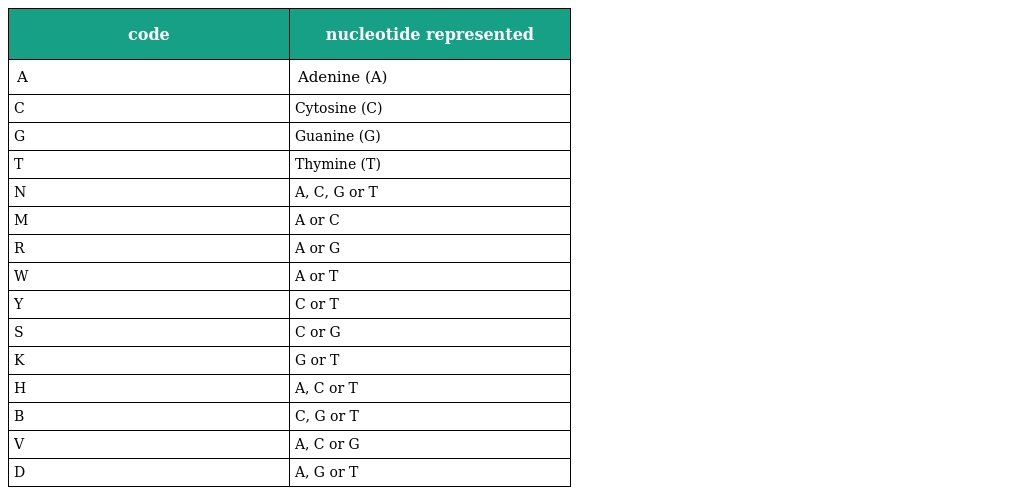
| code | nucleotide represented |
 | --- | --- |
 | A | Adenine (A) |
 | C | Cytosine (C) |
 | G | Guanine (G) |
 | T | Thymine (T) |
 | N | A, C, G or T |
 | M | A or C |
 | R | A or G |
 | W | A or T |
 | Y | C or T |
 | S | C or G |
 | K | G or T |
 | H | A, C or T |
 | B | C, G or T |
 | V | A, C or G |
 | D | A, G or T |